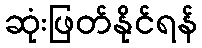
ဆုံးဖြတ်နိုင်ရန်